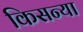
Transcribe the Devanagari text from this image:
किसन्या